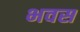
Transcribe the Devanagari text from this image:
भवस